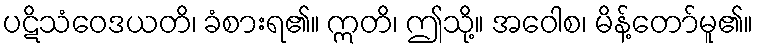
ပဋိသံဝေဒယတိ၊ ခံစားရ၏။ ဣတိ၊ ဤသို့။ အဝေါစ၊ မိန့်တော်မူ၏။